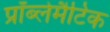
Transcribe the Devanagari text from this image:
प्रॉब्लेमैटिक